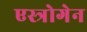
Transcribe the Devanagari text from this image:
एस्त्रोगेन